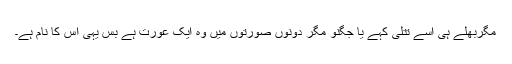
مگربھلے ہی اسے تتلی کہے یا جگنو مگر دونوں صورتوں میں وہ ایک عورت ہے بس یہی اس کا نام ہے۔